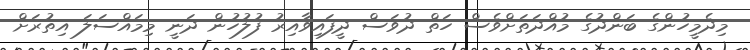
މިދެމީހުންގެ ބަންދުގެ މުއްދަތަށްވެސް ހަތް ދުވަސް ދީފައިވާއިރު ފުލުހުން ދަނީ މިމައްސަލަ އިތުރަށް